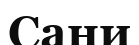
Сани